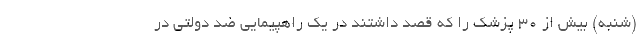
(شنبه) بیش از ۳۰ پزشک را که قصد داشتند در یک راهپیمایی ضد دولتی در